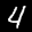
Label: 4